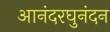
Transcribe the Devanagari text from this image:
आनंदरघुनंदन